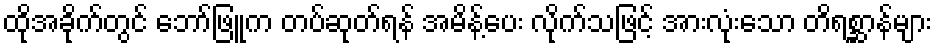
ထိုအခိုက်တွင် ဘော်ဖြူက တပ်ဆုတ်ရန် အမိန့်ပေး လိုက်သဖြင့် အားလုံးသော တိရစ္ဆာန်များ